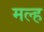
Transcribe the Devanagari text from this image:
मल्ह